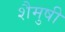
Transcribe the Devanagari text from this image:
शैमुषी